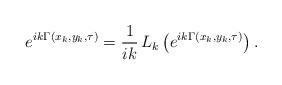
LaTeX: \begin{align*} e^{ik\Gamma(x_k,y_k,\tau)}=\frac{1}{ik}\,L_k\left(e^{ik\Gamma(x_k,y_k,\tau)}\right).\end{align*}